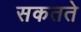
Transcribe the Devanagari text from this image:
सकतते